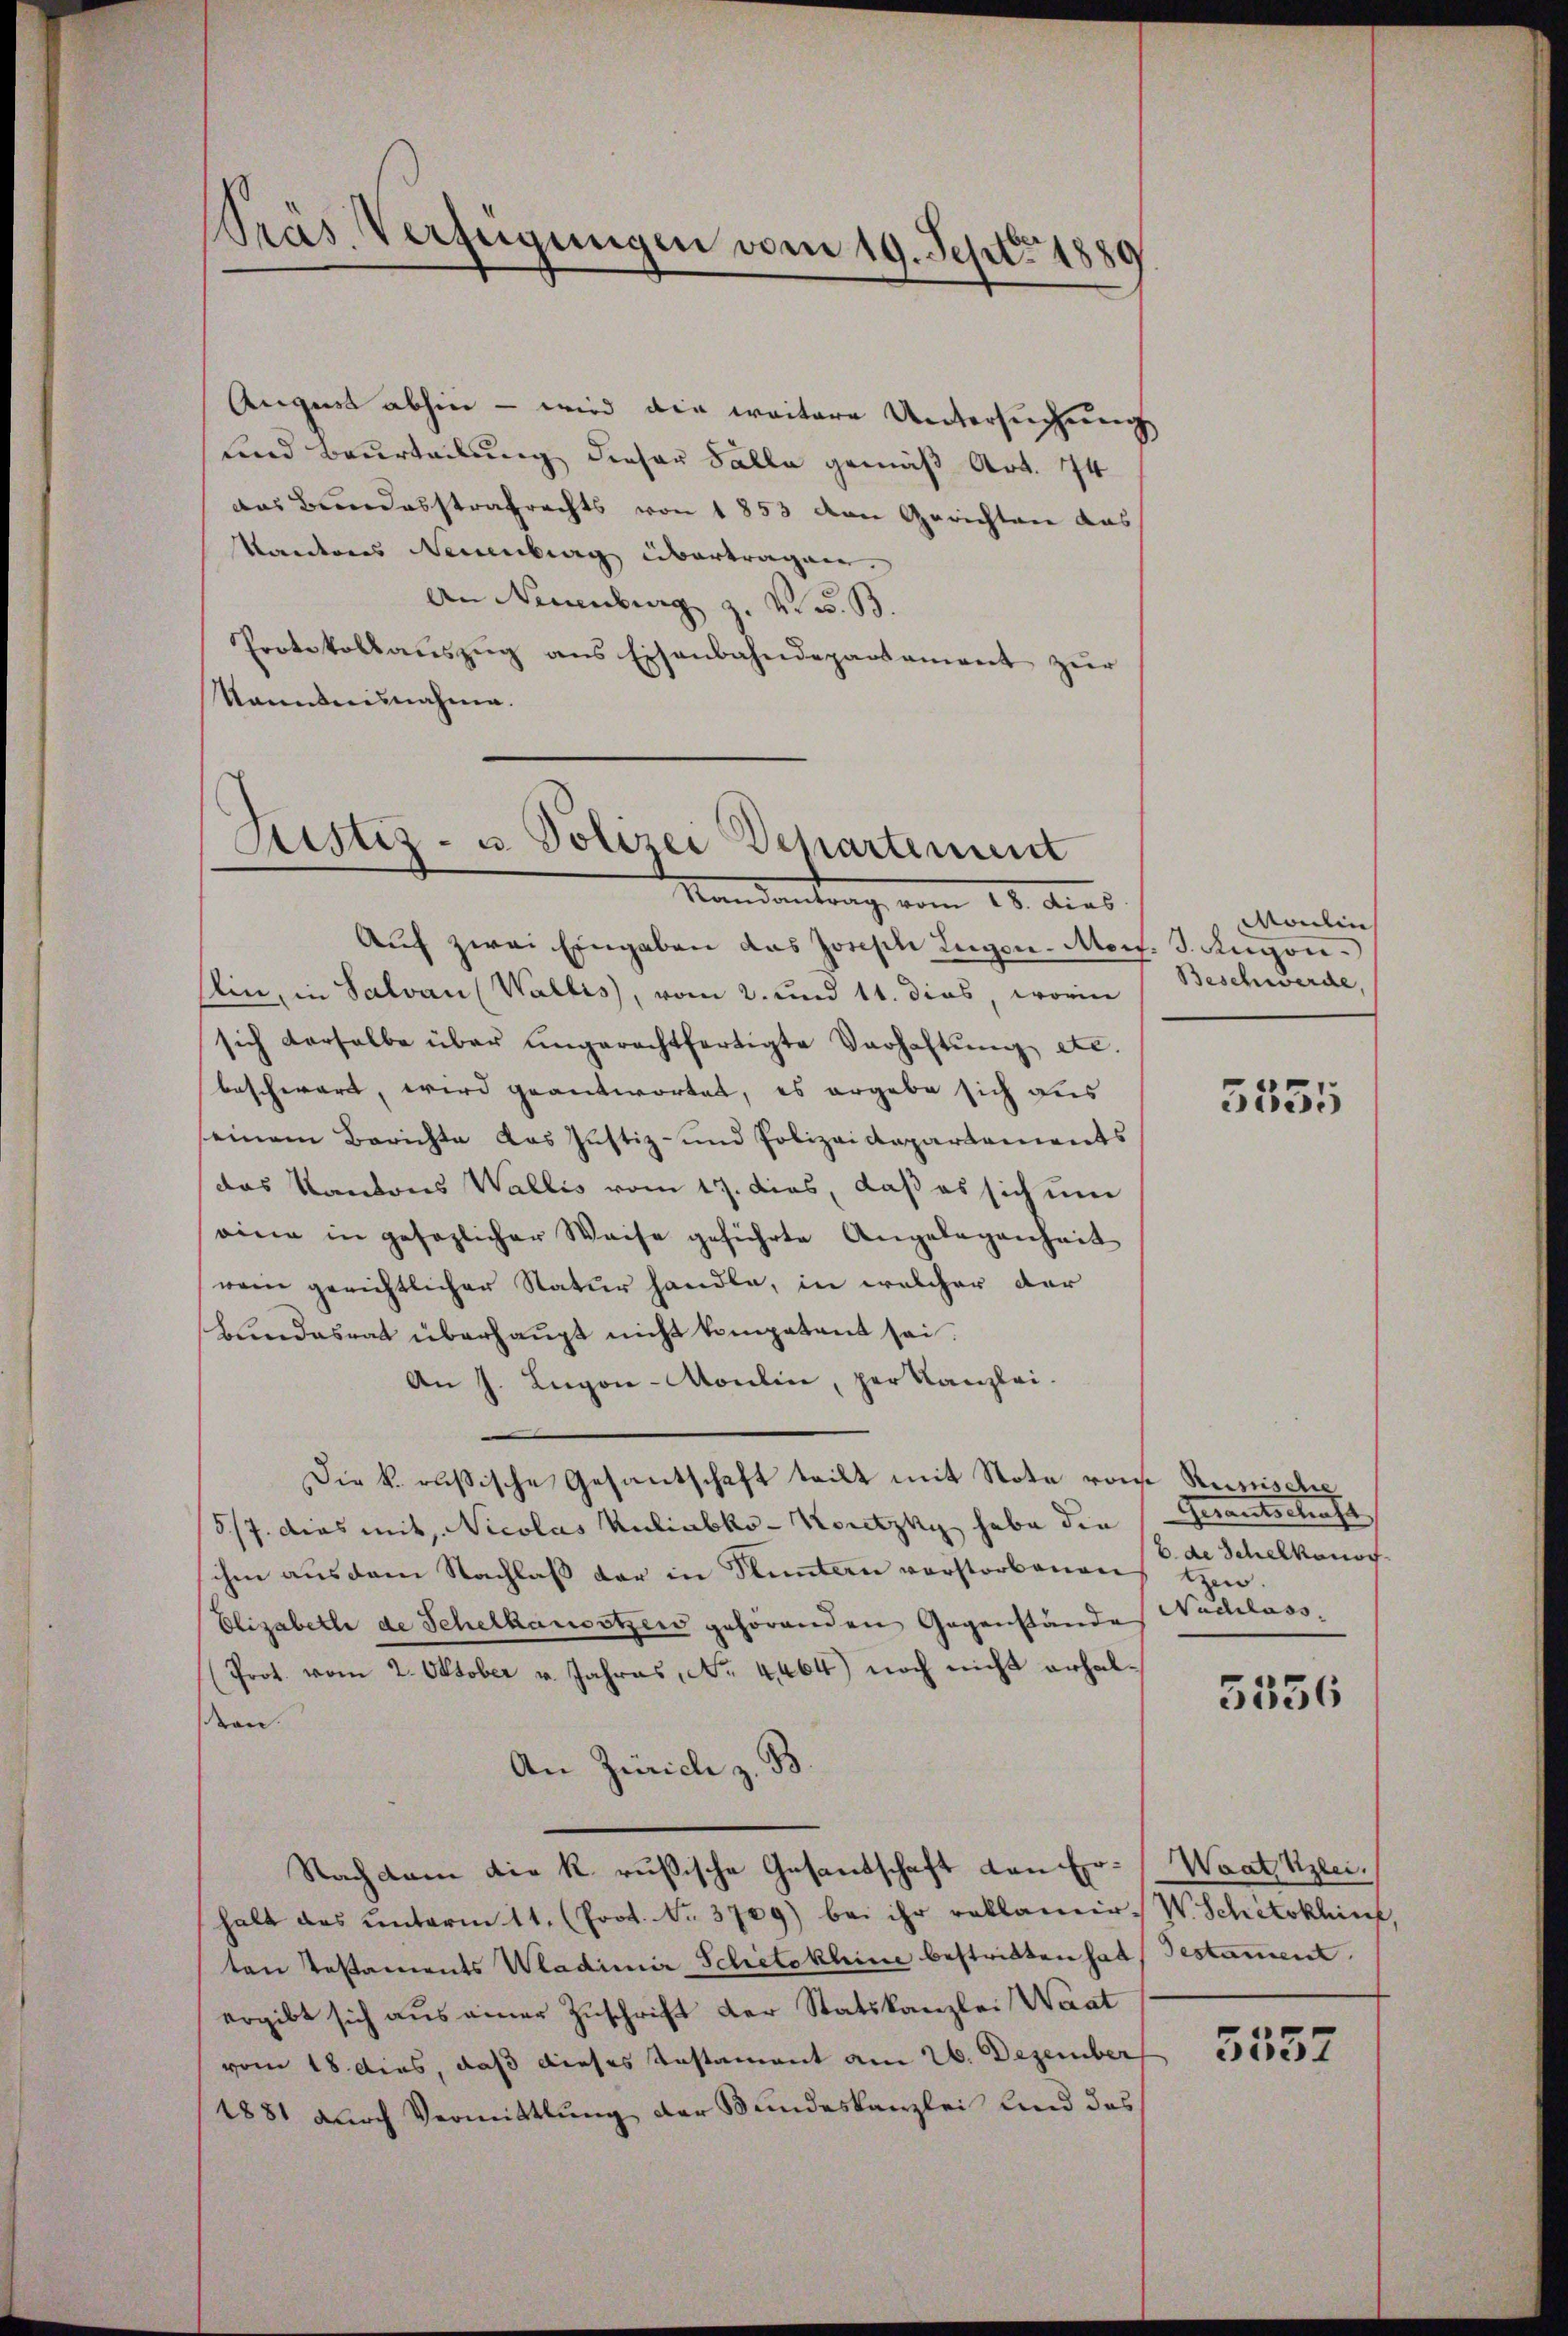
Präs. Verfügungen vom 19. Sept. 1889

August abhin – wird die weitere Untersuchung
und Beurteilung dieser Falle gemäß Art. 74
das Bundesstrafrechts von 1853 von Gerichten das
Kandernes Neuenburg übertragen.
An Neuenburg z. V S. B.
Protokollaŭszŭg ans Eisenbahndepartement zŭr
kanntnisnahme.

Zustiz- u. Polizei Departement
Mandantrag, vom 18. dies

Aŭf zwei Eingaben das Joseph Legen. Morf. J. Augen.
sin, in Salvan (Wallis, vom 2. und 11. dies, worin
sich derselbe über ungerechtfertigte Verhaltŭng etc.
beschwart, wird geantwortet, es ergabe sich aus
seinem Berichte das Justiz- und Polizeidepartements
das Kantons Wallis vom 17. dies, daß es sich um
eine in gesezlicher Weise geführte Angelegenheit
wein gerichtlicher Natur handle, in welcher der
bŭndesrat überhaŭpt nicht kompetent sei.
An J. Lugon-Moulin, per Kanzlei.
Die k. russische Gesantschaft teilt mit Note vom Reinische
/5/7. dies mit Nicolas Kuliabko-Koutzky habe die
ihen aus dem Nachlaß der in Stuntern vorstorbenen Ein¬
Elizabethe de Schelhausetzen gehörenden Gegenstandes Nadelass
(Prot. vom 2. Oktober v. Jahres, No. 4464) noch nicht erhaldran.
An Zürich z. B
Nachdem die k. russische Gesandschaft den Er-Waat Kleihalt das unterm 11. (Prot. No. 3709) bei ihr reklamir. W. Schetoklin,
ten Testaments Wladimir Schetokhine bestritten hat, Gestament.
ergibt sich aus einer Zuschrift der Statskanzlei Waat
vom 18. dies, daß dieses Unstament am 26. Dezember
1881 durch Vermittlung der Bundeskanzlei und das

Moulin
Beschwerde,

5535

herantreten st
b. de Schelhonor

5536

5552